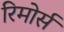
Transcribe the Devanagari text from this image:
रिमोर्स